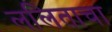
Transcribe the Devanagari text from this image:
ललिताचा